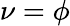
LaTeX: \nu=\phi